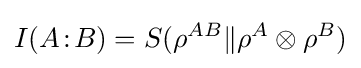
I(A\!:\!B)=S(\rho ^{AB}\|\rho ^{A}\otimes \rho ^{B})